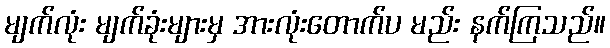
မျက်လုံး မျက်ခုံးများမှ အားလုံးတောက်ပ မည်း နက်ကြသည်။